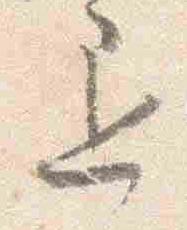
退